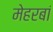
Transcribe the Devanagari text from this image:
मेहरबां